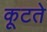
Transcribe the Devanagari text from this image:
कूटते